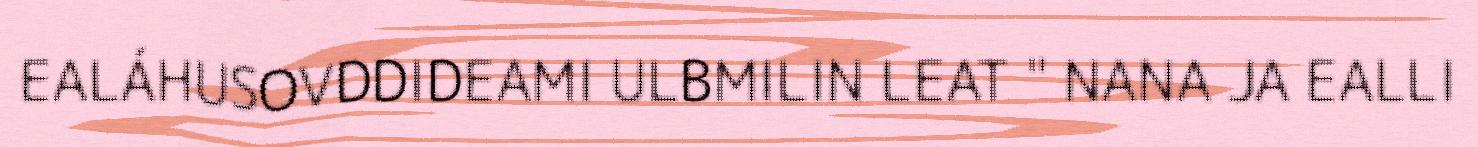
EALÁHUSOVDDIDEAMI ULBMILIN LEAT " NANA JA EALLI